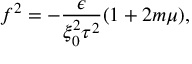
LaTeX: f ^ { 2 } = - \frac { \epsilon } { \xi _ { 0 } ^ { 2 } \tau ^ { 2 } } ( 1 + 2 m \mu ) ,